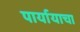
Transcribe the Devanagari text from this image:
पार्यायाचा